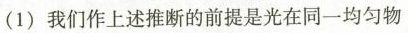
(1)我们作上述推断的前提是光在同一均匀物